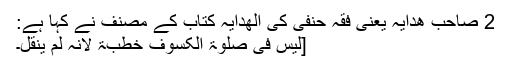
2 صاحبِ ھدایہ یعنی فقہ حنفی کی الھدایہ کتاب کے مصنف نے کہا ہے:
[لَیْسَ فِی صَلوٰۃِ الکُسُوْفِ خُطْبَۃٌ لِانَّہُ لَمْ یُنْقَلْ۔